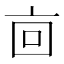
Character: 㐭